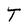
Character: t